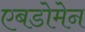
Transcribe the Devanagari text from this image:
एबडोमेन